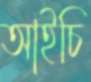
আইচি